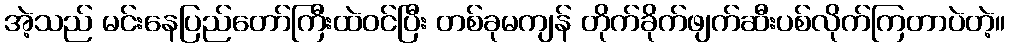
အဲ့သည် မင်းနေပြည်တော်ကြီးထဲဝင်ပြီး တစ်ခုမကျန် တိုက်ခိုက်ဖျက်ဆီးပစ်လိုက်ကြတာပဲတဲ့။